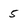
Character: 5